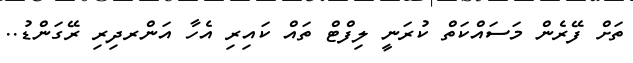
ތަށް ފޭރެން މަސައްކަތް ކުރަނީ ލިފްޓް ތައް ކައިރި އެހާ އަންރދިރި ރޭގަންޑު..